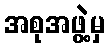
အစုအဖွဲ့မှ